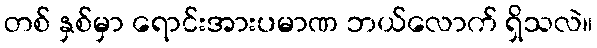
တစ် နှစ်မှာ ရောင်းအားပမာဏ ဘယ်လောက် ရှိသလဲ။